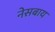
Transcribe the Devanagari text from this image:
नेसबाय